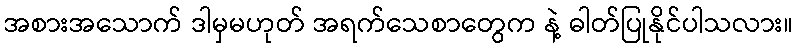
အစားအသောက် ဒါမှမဟုတ် အရက်သေစာတွေက နဲ့ ဓါတ်ပြုနိုင်ပါသလား။